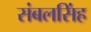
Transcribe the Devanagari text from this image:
संबलसिंह